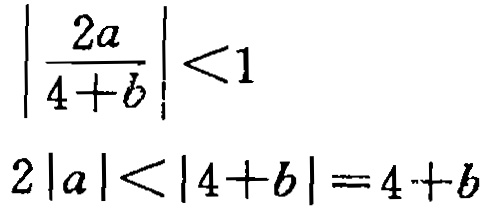
\[\left|\frac{2a}{4 + b}\right| < 1\]
\[2|a| < |4 + b| = 4 + b\]